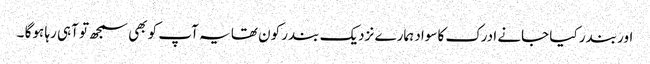
اور بندر کیا جانے ادرک کاسواد ہمارے نزدیک بندر کون تھا یہ آپ کو بھی سمجھ تو آہی رہا ہوگا ۔